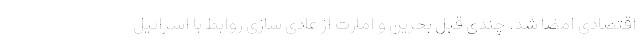
اقتصادی امضا شد. چندی قبل بحرین و امارت از عادی سازی روابط با اسرائیل